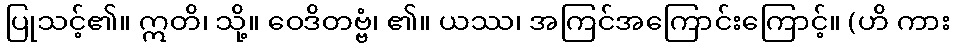
ပြုသင့်၏။ ဣတိ၊ သို့။ ဝေဒိတဗ္ဗံ၊ ၏။ ယဿ၊ အကြင်အကြောင်းကြောင့်။ (ဟိ ကား